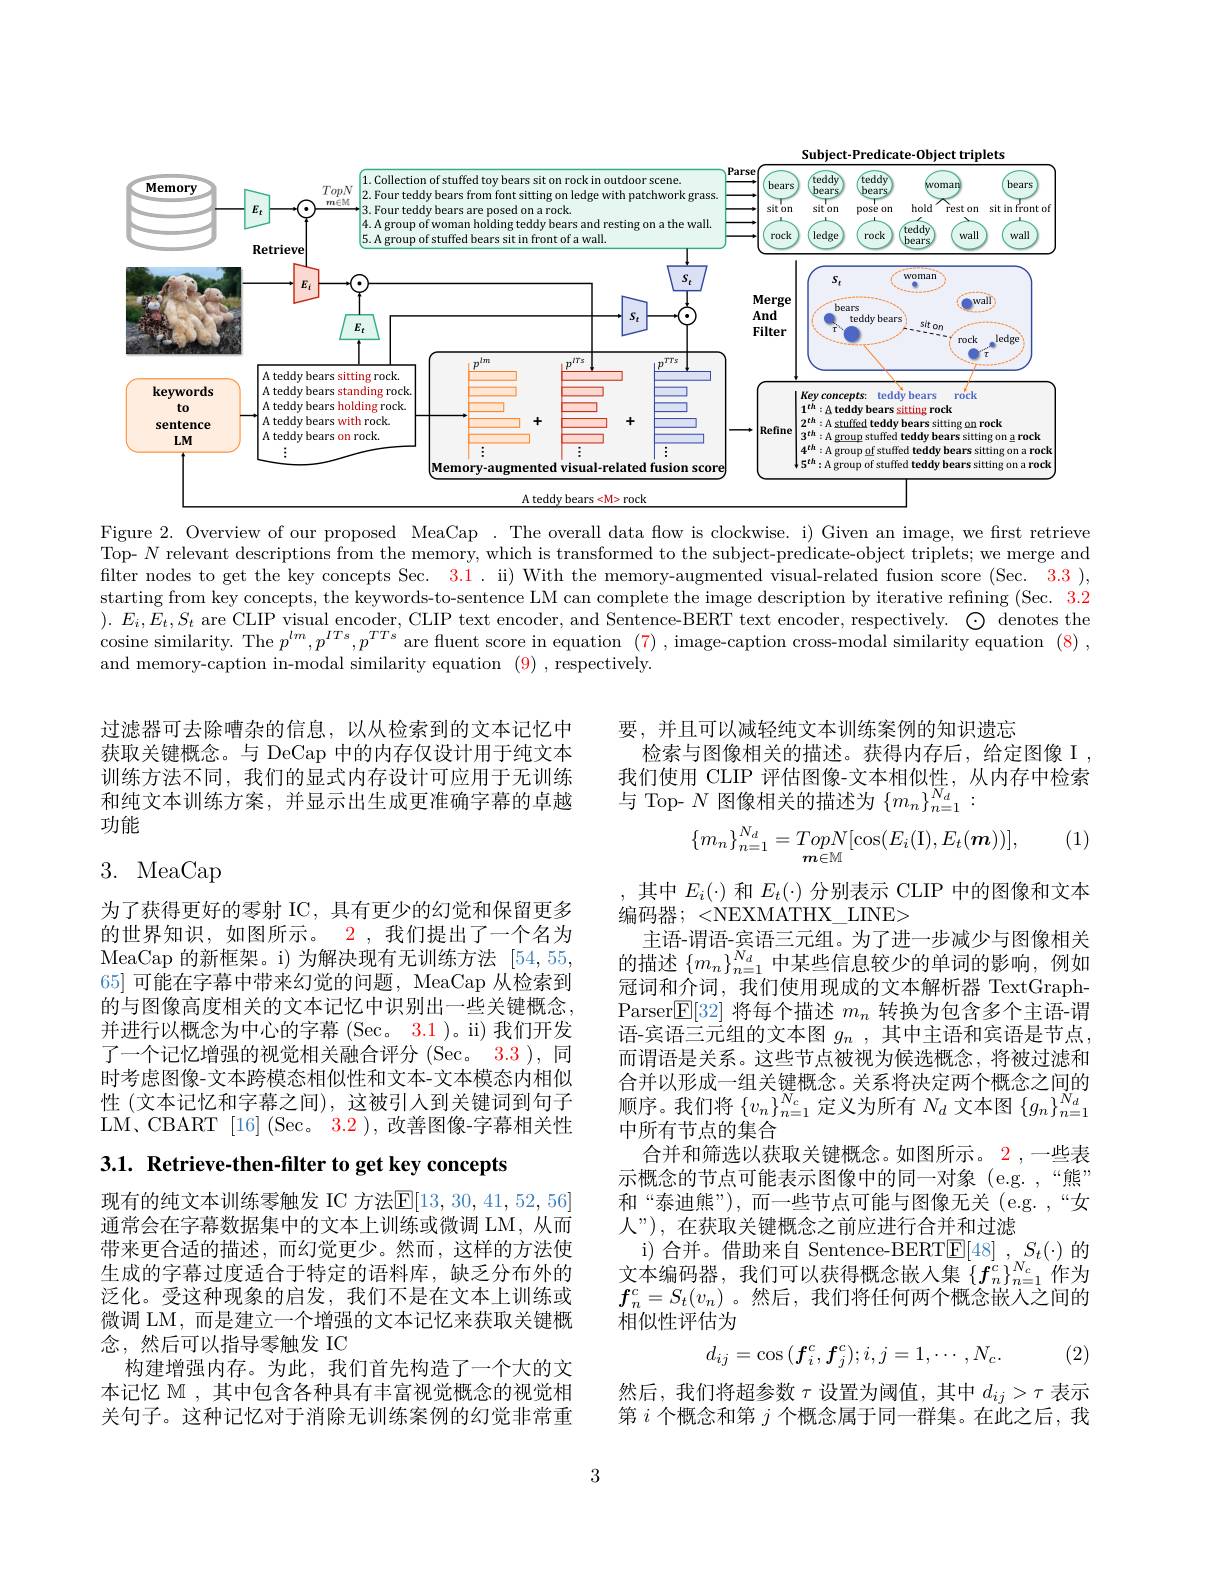
Subject-Predicate-Object triplets
<FigureHere>

Figure 2. Overview of our proposed MeaCap . The overall data flow is clockwise. i) Given an image, we first retrieve Top- $N$ relevant descriptions from the memory, which is transformed to the subject-predicate-object triplets; we merge and filter nodes to get the key concepts Sec. $\color{red}3.1.$ ii) With the memory-augmented visual-related fusion score (Sec. $\color{red}3.3)$, starting from key concepts, the keywords-to-sentence LM can complete the image description by iterative refining (Sec. $\color{red}{3.2}$ $).E_{i},E_{t},S_{t}$ are CLIP visual encoder, CLIP text encoder, and Sentence-BERT text encoder, respectively. $\bigodot$ denotes the cosine similarity. The $p^{lm},p^{ITs},p^{TTs}$ are fluent score in equation (7), image-caption cross-modal similarity equation (8), and memory-caption in-modal similarity equation $\color{#c000}{(9),\text{respectively.}}$

要，并且可以减轻纯文本训练案例的知识遗忘
检索与图像相关的描述。获得内存后，给定图像 I , $\begin{array}{l}\text{我们使用 CLIP 评估图像-文本相似性，从内存中检索}\\\text{与 Top- }N\text{ 图像相关的描述为}\left\{m_{n}\right\}_{n=1}^{N_{d}}:\end{array}$

过滤器可去除嘈杂的信息，以从检索到的文本记忆中获取关键概念。与 DeCap 中的内存仅设计用于纯文本训练方法不同，我们的显式内存设计可应用于无训练和纯文本训练方案，并显示出生成更准确字幕的卓越功能

(1)
$$\{m_n\}_{n=1}^{N_d}=TopN[\cos(E_i(\mathrm{I}),E_t(\boldsymbol{m}))],$$
# 3. MeaCap

为了获得更好的零射 IC, 具有更少的幻觉和保留更多的世界知识，如图所示。2,我们提出了一个名为MeaCap 的新框架。i)为解决现有无训练方法[54,55, 65] 可能在字幕中带来幻觉的问题，MeaCap 从检索到的与图像高度相关的文本记忆中识别出一些关键概念， 并进行以概念为中心的字幕(Sec。3.1)。ii)我们开发了一个记忆增强的视觉相关融合评分 (Sec。3.3 ), 同时考虑图像-文本跨模态相似性和文本-文本模态内相似性 (文本记忆和字幕之间),这被引入到关键词到句子LM、CBART [16] (Sec。3.2 ), 改善图像-字幕相关性

其中$E_i(\cdot)$和$E_t(\cdot)$分别表示 CLIP 中的图像和文本
编码器；<NEXMATHX\_LINE>
主语-谓语-宾语三元组。为了进一步减少与图像相关的描述$\{m_n\}_{n=1}^{N_d}$中某些信息较少的单词的影响，例如冠词和介词，我们使用现成的文本解析器 TextGraphParser$\boxed{\mathbb{E}}[32]$将每个描述$m_n$转换为包含多个主语-谓语-宾语三元组的文本图$g_n$,其中主语和宾语是节点而谓语是关系。这些节点被视为候选概念，将被过滤和合并以形成一组关键概念。关系将决定两个概念之间的顺序。我们将$\{v_n\}_{n=1}^{N_c}$定义为所有$N_d$文本图$\{g_n\}_n=1^{N_d}$ 中所有节点的集合
合并和筛选以获取关键概念。如图所示。2 ,一些表示概念的节点可能表示图像中的同一对象(e.g. ,“熊” 和“泰迪熊”),而一些节点可能与图像无关(e.g.,“女人”), 在获取关键概念之前应进行合并和过滤
i)合并。借助来自 Sentence-BERT$\underline{\mathrm{E}}[48],S_{t}(\cdot)$的文本编码器，我们可以获得概念嵌入集$\{f_n^c\}_{n=1}^{N_c}$作为$f_n^c=S_t(v_n)$ 。然后，我们将任何两个概念嵌入之间的相似性评估为
$$d_{ij}=\cos{(\boldsymbol{f}_i^c,\boldsymbol{f}_j^c)};i,j=1,\cdots,N_c.$$
3.1. Retrieve-then-filter to get key concepts

现有的纯文本训练零触发 IC 方法$\mathbb{E}[13,30,41,52,56]$ 通常会在字幕数据集中的文本上训练或微调 LM, 从而带来更合适的描述，而幻觉更少。然而，这样的方法使生成的字幕过度适合于特定的语料库，缺乏分布外的泛化。受这种现象的启发，我们不是在文本上训练或微调 LM, 而是建立一个增强的文本记忆来获取关键概念，然后可以指导零触发 IC
构建增强内存。为此，我们首先构造了一个大的文本记忆$\mathbb{M}$ , 其中包含各种具有丰富视觉概念的视觉相关句子。这种记忆对于消除无训练案例的幻觉非常重

(2)

然后，我们将超参数$\tau$设置为阈值，其中$d_ij>\tau$表示第$i$个概念和第$j$个概念属于同一群集。在此之后，我

3